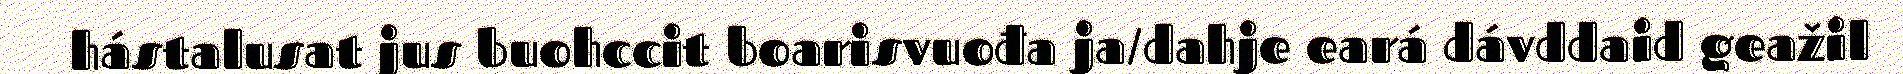
hástalusat jus buohccit boarisvuođa ja/dahje eará dávddaid geažil